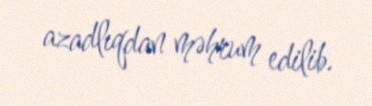
azadlıqdan məhrum edilib.